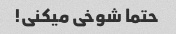
حتما شوخی میکنی!